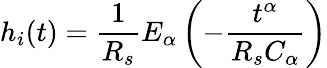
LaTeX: h_{i}(t)=\frac{1}{R_{s}}E_{\alpha}\left(-\frac{t^{\alpha}}{R_{s}C_{\alpha}}\right)